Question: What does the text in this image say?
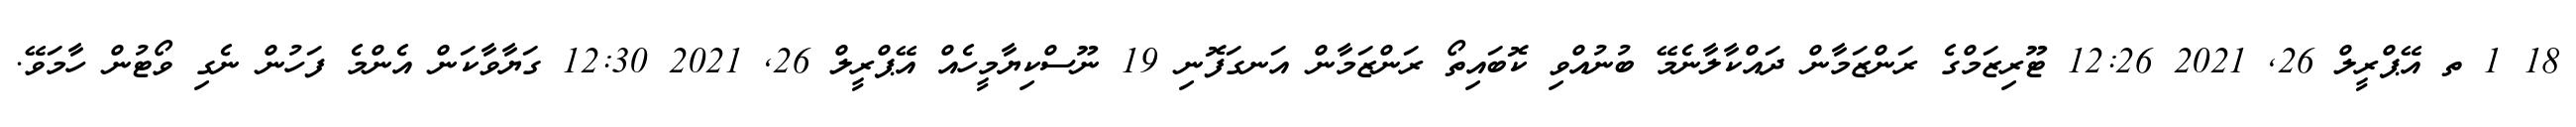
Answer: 18 1 ތ އޭޕްރީލް 26, 2021 12:26 ޓޫރިޒަމްގެ ރަންޒަމާން ދައްކާލާނެމޭ ބުނުއްވި ކޮބައިތޯ ރަންޒަމާން އަނގަފޮނި 19 ނޫސްކިޔާމީހެއް އޭޕްރީލް 26, 2021 12:30 ގަޔާވާކަން އެންމެ ފަހުން ނެގި ވޯޓުން ހާމަވޭ.